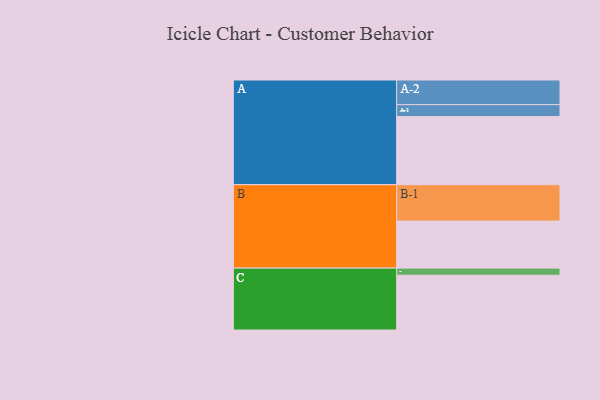
{"axis": {"x": "Segment", "y": "Value"}, "legend": ["", "A", "B", "C"], "data": [{"x": "A", "y": 528, "type": ""}, {"x": "B", "y": 365, "type": ""}, {"x": "C", "y": 425, "type": ""}, {"x": "A-1", "y": 93, "type": "A"}, {"x": "A-2", "y": 191, "type": "A"}, {"x": "B-1", "y": 282, "type": "B"}, {"x": "C-1", "y": 55, "type": "C"}]}